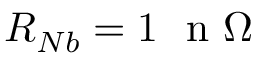
R _ { N b } = 1 ~ \mathrm { ~ n ~ } \Omega